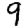
Digit: 9